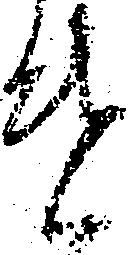
遣